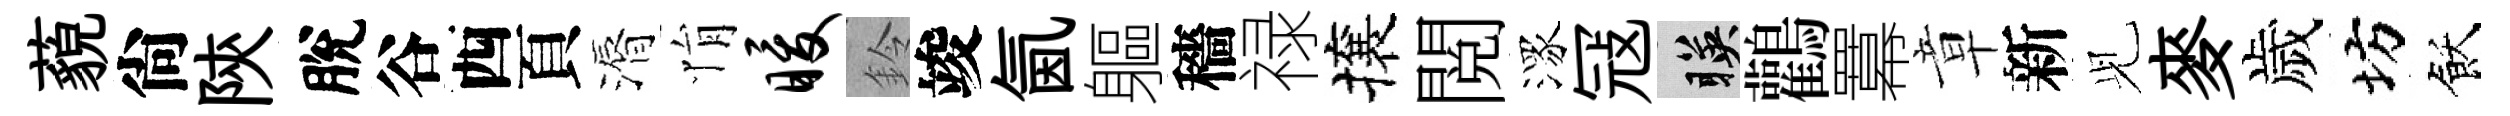
藐尙陝脫谷西頁漘悁暖鈴竣氤軀穡禄攘閲潈冦暎鸛羃章新𫤗麥歲坊飫